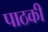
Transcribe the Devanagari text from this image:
पाठकी